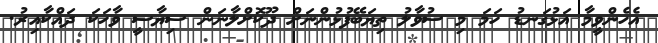
އެހެންވީމާ އަޅުގަނޑު ހަމަ މި ސުވާލު ތިޔަބޭފުޅުންނަށް ދޫކޮށްލާނަން ސިޔާސީ ވާހަކަ ދައްކާއިރު.